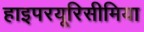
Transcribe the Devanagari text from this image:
हाइपरयूरिसीमिया